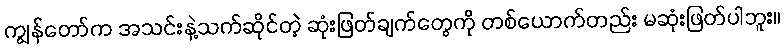
ကျွန်တော်က အသင်းနဲ့သက်ဆိုင်တဲ့ ဆုံးဖြတ်ချက်တွေကို တစ်ယောက်တည်း မဆုံးဖြတ်ပါဘူး။